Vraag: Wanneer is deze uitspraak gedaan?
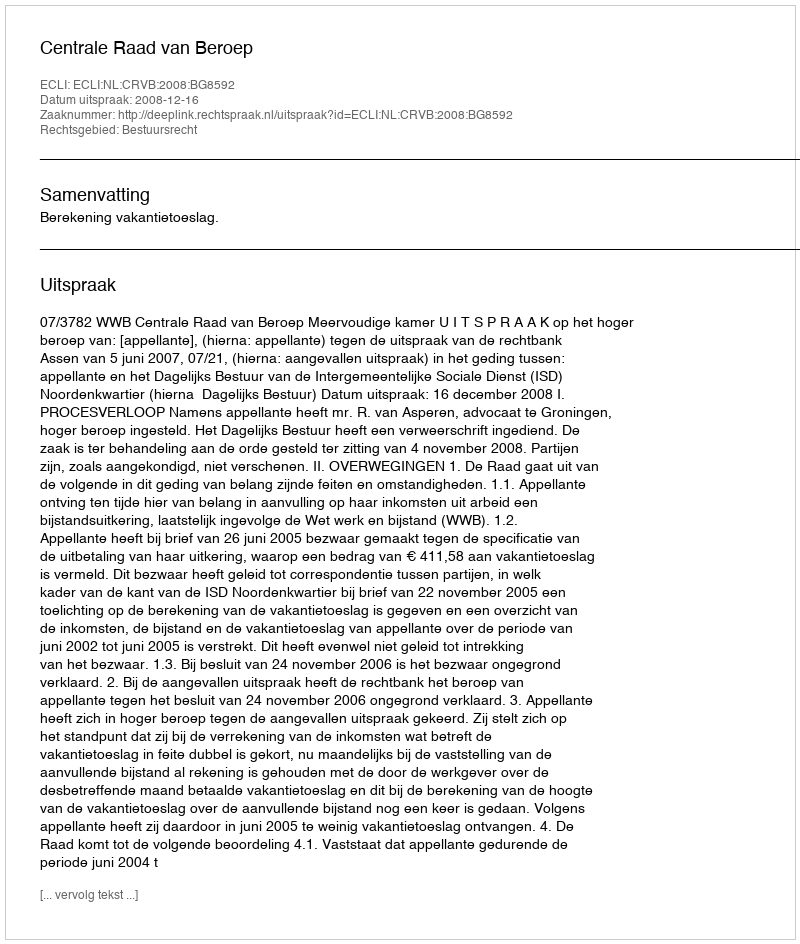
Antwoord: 2008-12-16